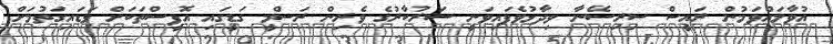
އުވާލައްވަމުން ރައީސް ސިރިސޭނާ ވިދާޅުވެފައިވަނީ ސަރުކާރުގެ ވެރިން ރަސްމީ ގަޑީގައި އޮފީސްތަކަށް ވަޑައިގަތުމަށް